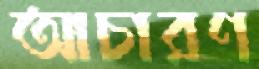
আচারণ